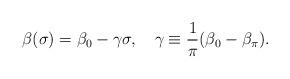
LaTeX: \begin{align*} \beta (\sigma ) = \beta _0 - \gamma \sigma , \quad \gamma \equiv \frac{1}{\pi}(\beta _0 - \beta _\pi).\end{align*}